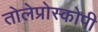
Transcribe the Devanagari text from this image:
तोलेप्रोस्कोपी